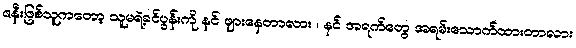
ဇနီးဖြစ်သူကတော့ သူမရဲ့ခင်ပွန်းကို နင် ဖျားနေတာလား ၊ နင် အရက်တွေ အရမ်းသောက်ထားတာလား